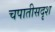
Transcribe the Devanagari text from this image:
चपातीसदृश